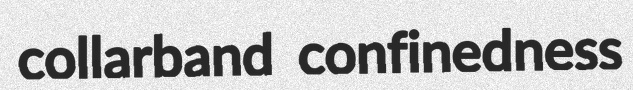
collarband confinedness